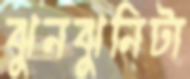
ঝুনঝুনিটা